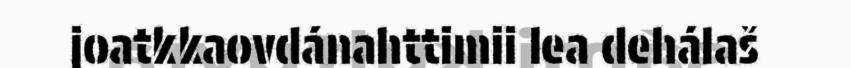
joatkkaovdánahttimii lea dehálaš